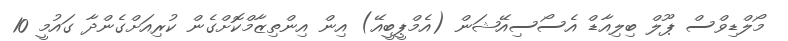
މޯލްޑިވްސް ޕޫލް ބިލިއާޑް އެސޯސިއޭޝަން (އެމްޕީބީއޭ) އިން އިންތިޒާމްކޮށްގެން ކުރިއަށްގެންދާ ގައުމީ 10